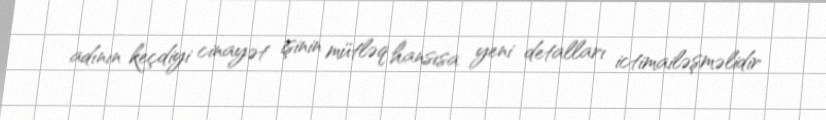
adının keçdiyi cinayət işinin mütləq hansısa yeni detalları ictimailəşməlidir